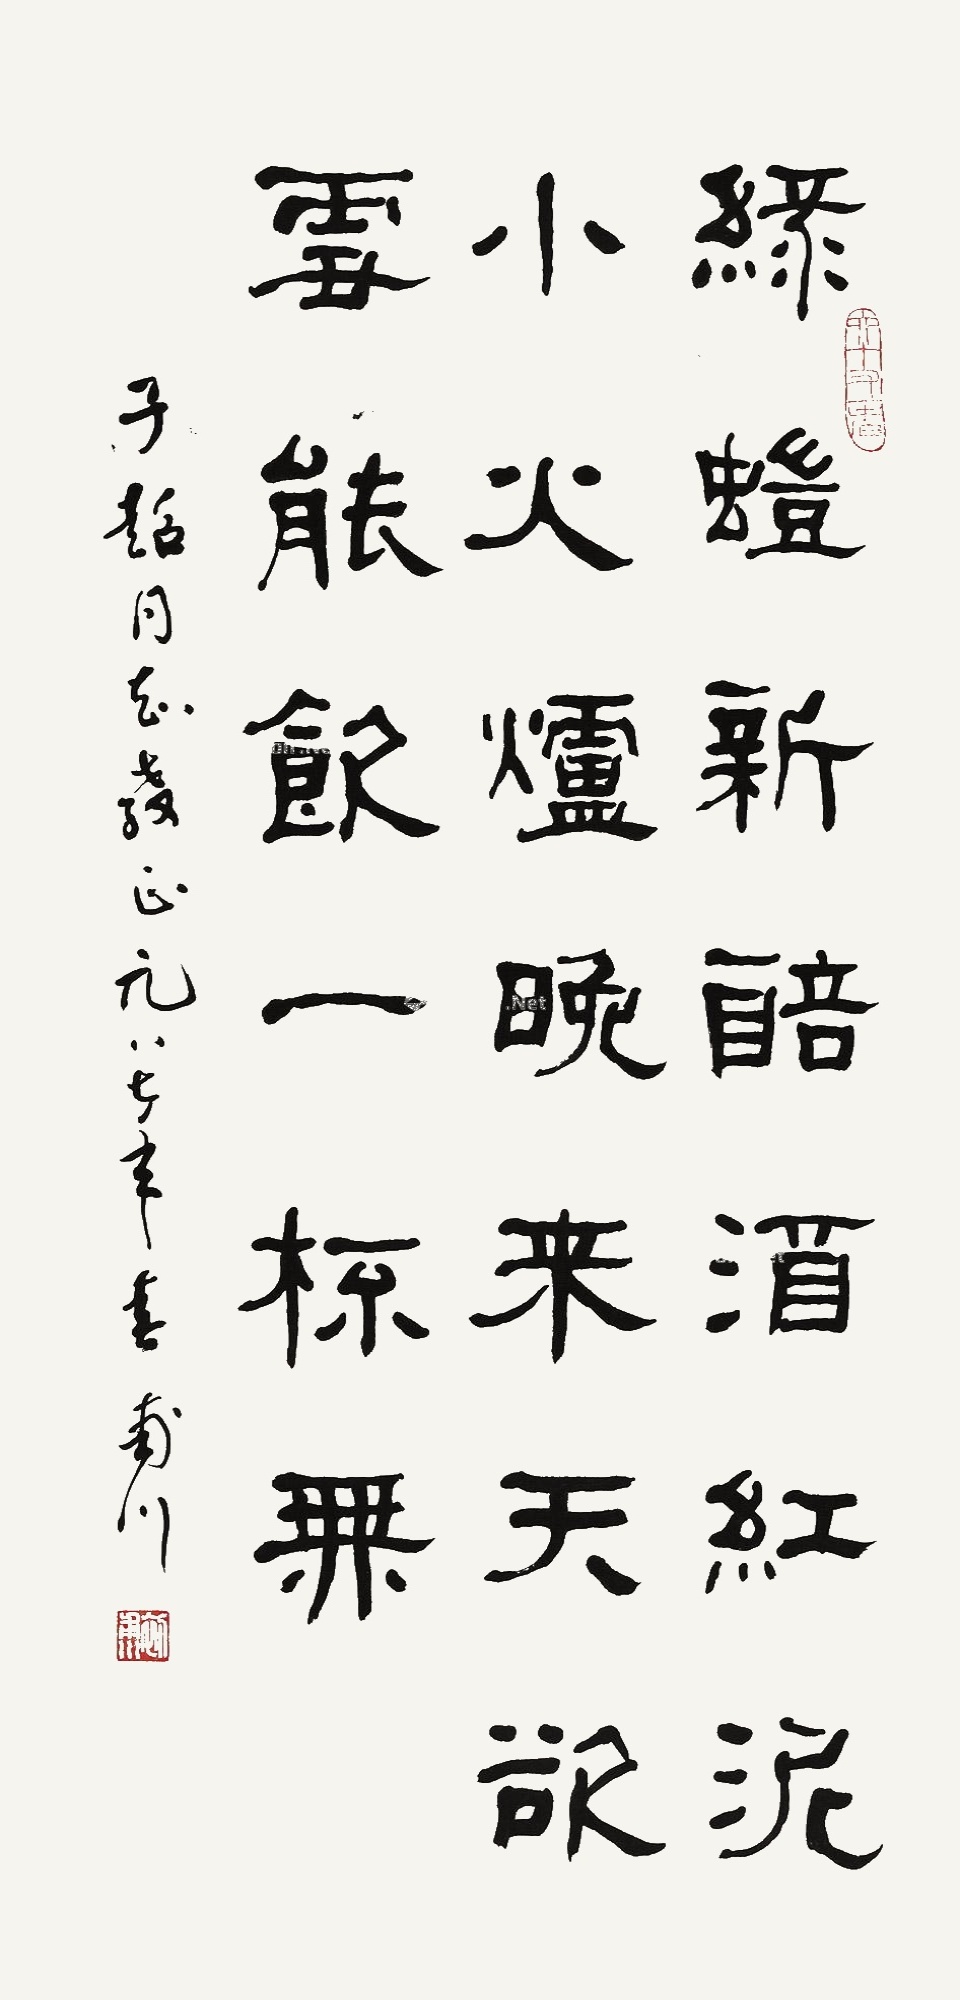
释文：绿蚁新醅酒，红泥小火炉。晚来天欲雪，能饮一杯无。子超同志教正，一九八七年春甫川。